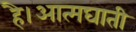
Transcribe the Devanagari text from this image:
है।आत्मघाती